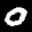
Label: 0